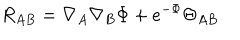
R _ { A B } = \nabla _ { A } \nabla _ { B } \Phi + e ^ { - \Phi } \Theta _ { A B }